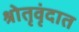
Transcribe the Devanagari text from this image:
श्रोतृवृंदात